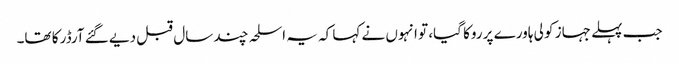
جب پہلے جہاز کو لی ہاورے پر روکا گیا، تو انہوں نے کہا کہ یہ اسلحہ چند سال قبل دیے گئے آرڈر کا تھا۔